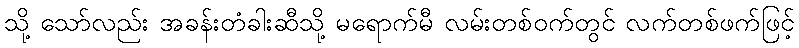
သို့ သော်လည်း အခန်းတံခါးဆီသို့ မရောက်မီ လမ်းတစ်ဝက်တွင် လက်တစ်ဖက်ဖြင့်